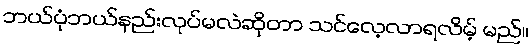
ဘယ်ပုံဘယ်နည်းလုပ်မလဲဆိုတာ သင်လေ့လာရလိမ့် မည်။